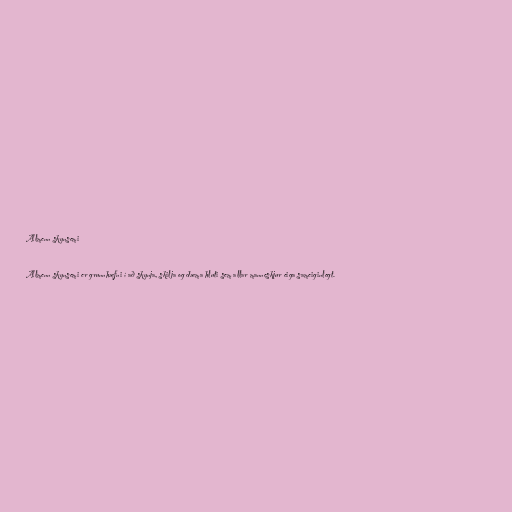
Almenn skynsemi

Almenn skynsemi er grunnhæfni í að skynja, skilja og dæma hluti sem allar manneskjur eiga sameiginlegt.